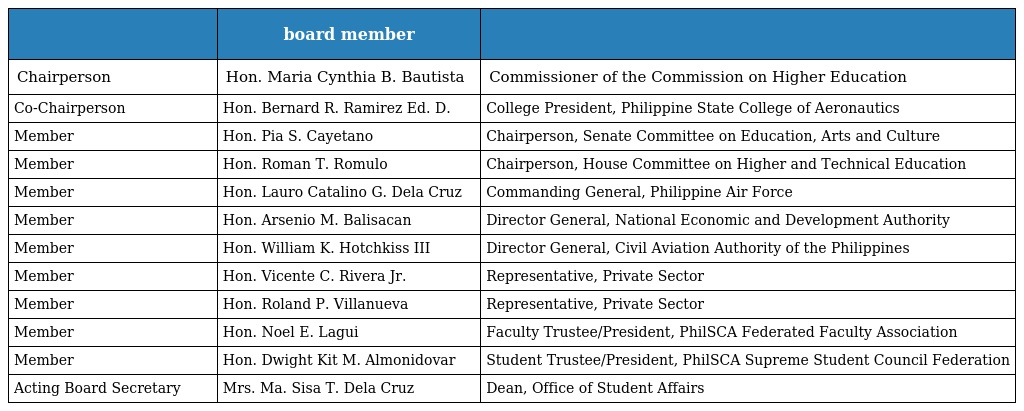
|  | board member |  |
 | --- | --- | --- |
 | Chairperson | Hon. Maria Cynthia B. Bautista | Commissioner of the Commission on Higher Education |
 | Co-Chairperson | Hon. Bernard R. Ramirez Ed. D. | College President, Philippine State College of Aeronautics |
 | Member | Hon. Pia S. Cayetano | Chairperson, Senate Committee on Education, Arts and Culture |
 | Member | Hon. Roman T. Romulo | Chairperson, House Committee on Higher and Technical Education |
 | Member | Hon. Lauro Catalino G. Dela Cruz | Commanding General, Philippine Air Force |
 | Member | Hon. Arsenio M. Balisacan | Director General, National Economic and Development Authority |
 | Member | Hon. William K. Hotchkiss III | Director General, Civil Aviation Authority of the Philippines |
 | Member | Hon. Vicente C. Rivera Jr. | Representative, Private Sector |
 | Member | Hon. Roland P. Villanueva | Representative, Private Sector |
 | Member | Hon. Noel E. Lagui | Faculty Trustee/President, PhilSCA Federated Faculty Association |
 | Member | Hon. Dwight Kit M. Almonidovar | Student Trustee/President, PhilSCA Supreme Student Council Federation |
 | Acting Board Secretary | Mrs. Ma. Sisa T. Dela Cruz | Dean, Office of Student Affairs |